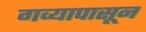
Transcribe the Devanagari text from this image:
गव्यापासून